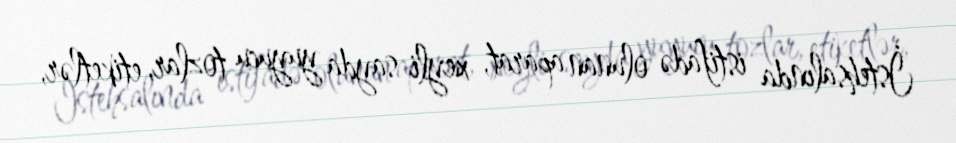
İstehsalında istifadə olunan aparat, xeyli sayda yuyucu tozlar, etiketlər,